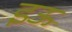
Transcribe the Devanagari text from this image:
इऊ